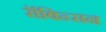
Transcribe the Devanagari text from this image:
रॉबिन्सन